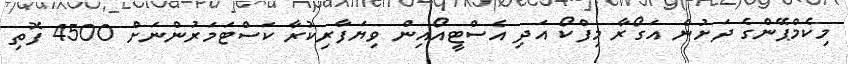
މިކެމްޕޭންގެ ދަށުން އަގޯރާ މިފްކޯ އަދި އެސްޓީއޯއިން ވިޔަފާރިކުރާ ކަސްޓަމަރުންނަށް 4500 ފޮތި